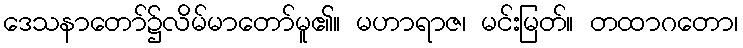
ဒေသနာတော်၌လိမ်မာတော်မူ၏။ မဟာရာဇ၊ မင်းမြတ်။ တထာဂတော၊